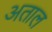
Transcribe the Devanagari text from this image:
अताल